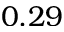
0 . 2 9